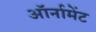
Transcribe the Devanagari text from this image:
ऑर्नामेंट